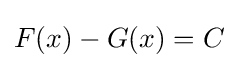
F(x)-G(x)=C